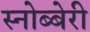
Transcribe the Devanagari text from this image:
स्नोब्बेरी